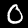
Label: 0